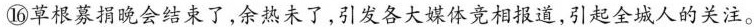
⑯草根募捐晚会结束了，余热未了，引发各大媒体竞相报道，引起全城人的关注。